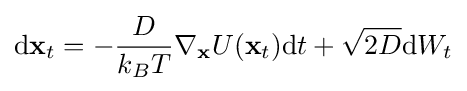
{\rm {d}}\mathbf {x} _{t}=-{\frac {D}{k_{B}T}}\nabla _{\mathbf {x} }U(\mathbf {x} _{t}){\rm {d}}t+{\sqrt {2D}}{\rm {d}}W_{t}